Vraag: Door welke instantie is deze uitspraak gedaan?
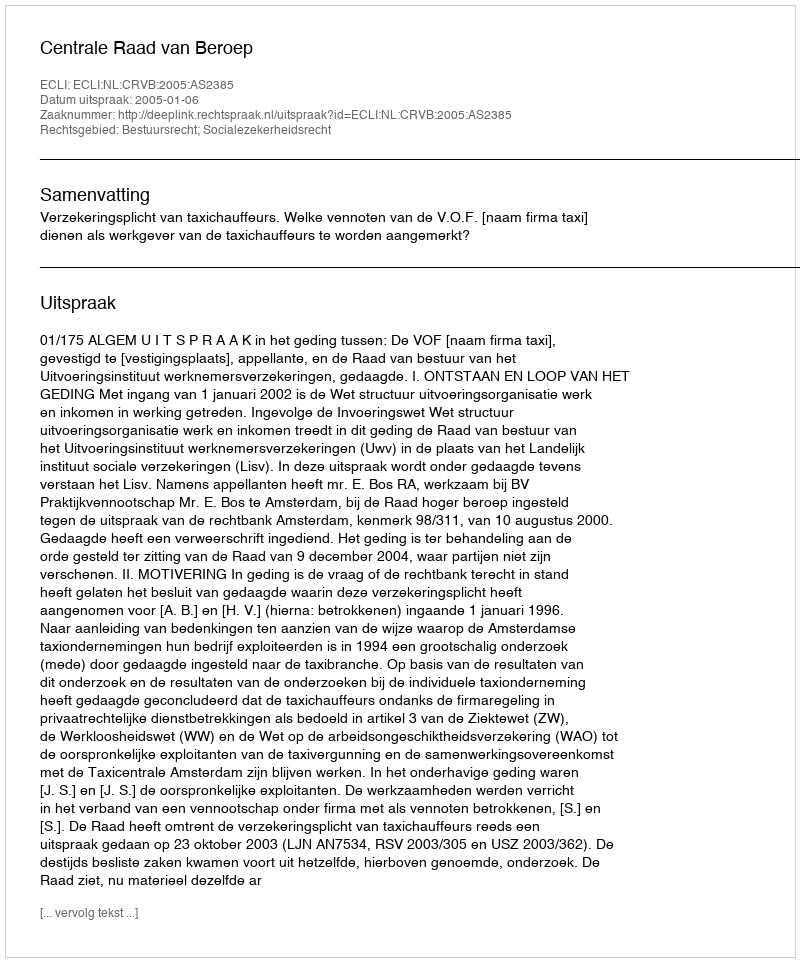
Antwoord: Centrale Raad van Beroep